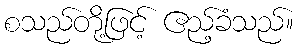
စသည်တို့ဖြင့် ဧည့်ခံသည်။